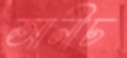
আনীচ